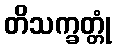
တိသက္ခတ္တုံ